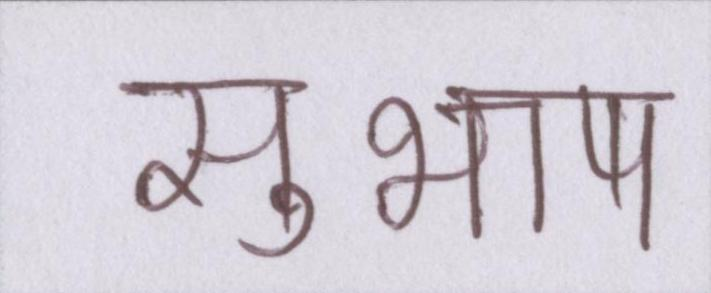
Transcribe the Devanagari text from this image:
सुभाष